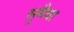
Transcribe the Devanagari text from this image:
सुमैया